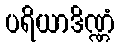
ပရိယာဒိဏ္ဏံ